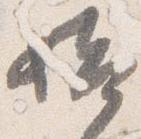
始